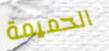
الحميمة